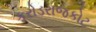
કરોડરાજકોટ